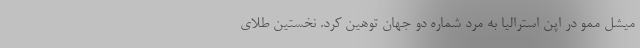
میشل ممو در اپن استرالیا به مرد شماره دو جهان توهین کرد. نخستین طلای